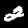
Digit: 2